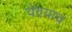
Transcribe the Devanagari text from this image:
येण्याच